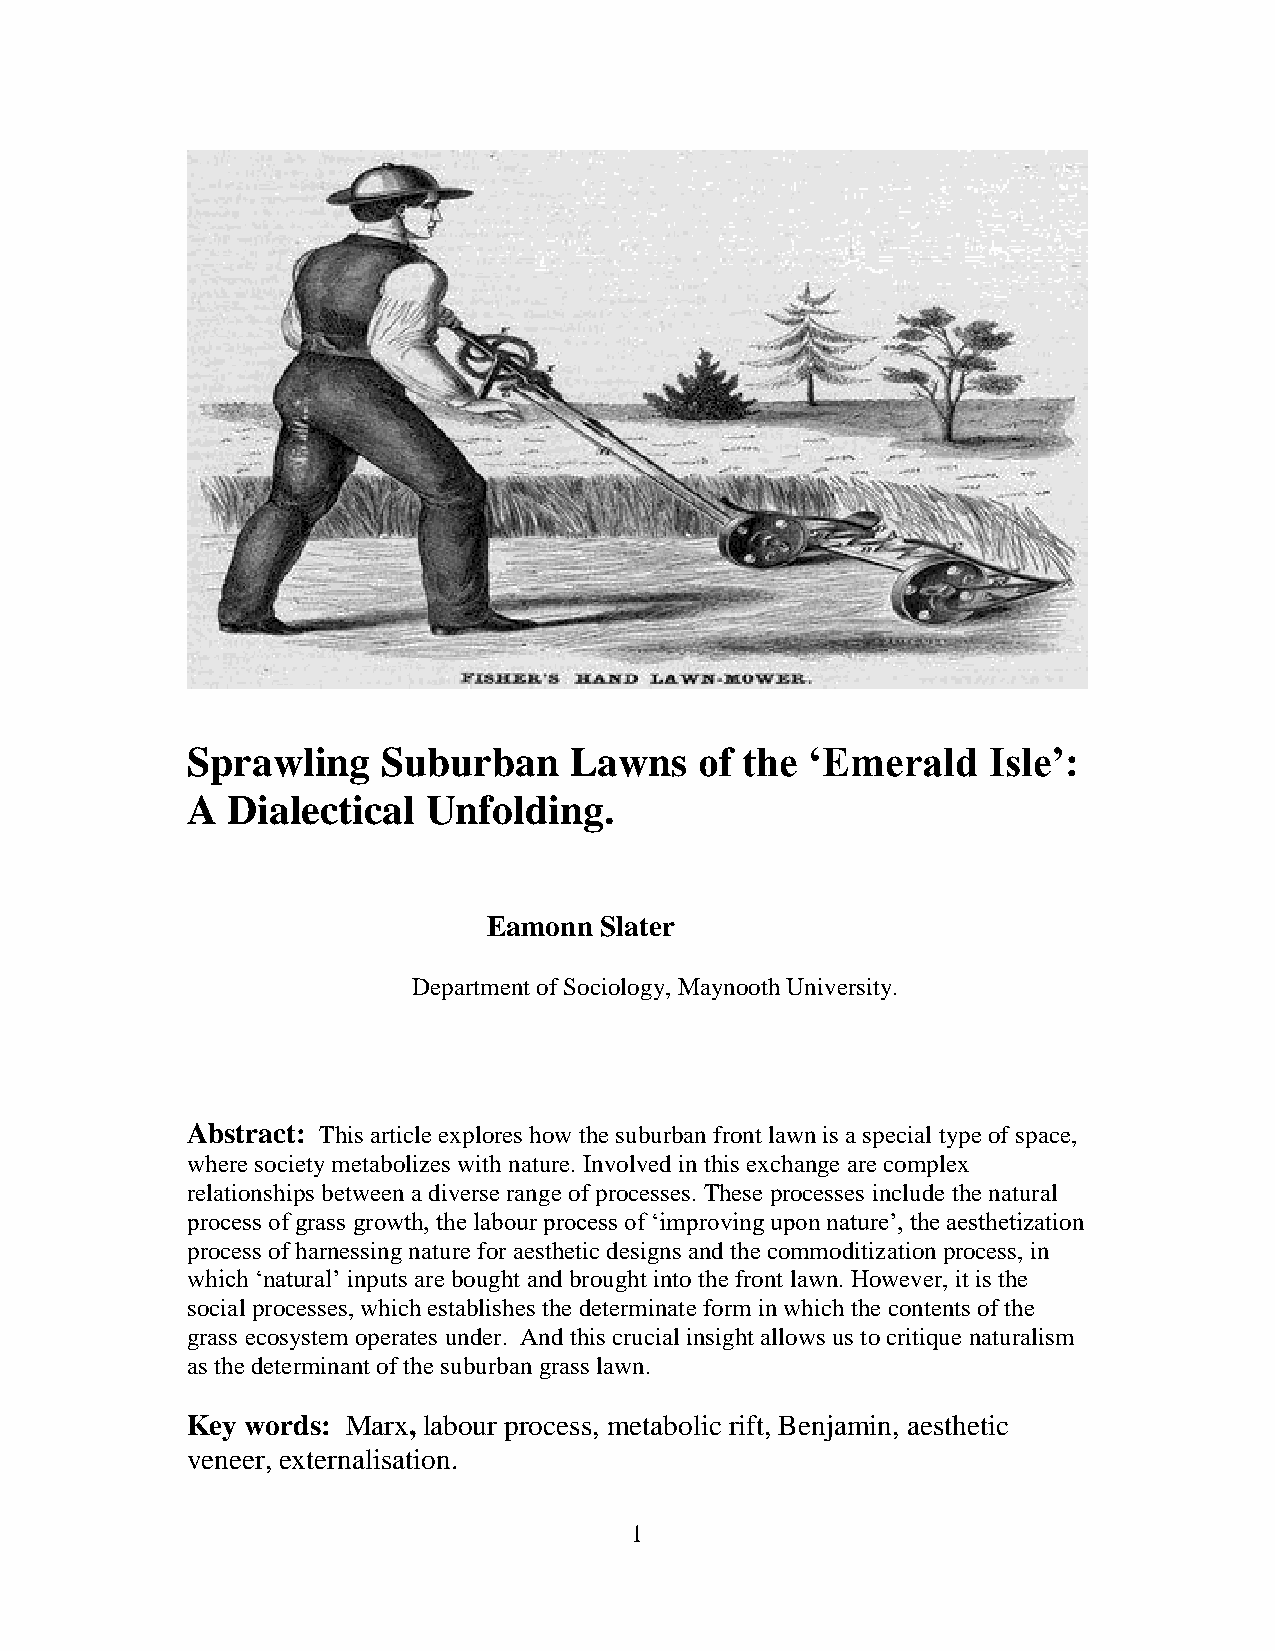
Sprawling    Suburban     Lawns   of the  ‘Emerald   Isle’:
 A  Dialectical  Unfolding.
 Eamonn  Slater
 Department of Sociology, Maynooth University.
 Abstract: This article explores how the suburban front lawn is a special type of space,
 where society metabolizes with nature. Involved in this exchange are complex
 relationships between a diverse range of processes. These processes include the natural
 process of grass growth, the labour process of ‘improving upon nature’, the aesthetization
 process of harnessing nature for aesthetic designs and the commoditization process, in
 which ‘natural’ inputs are bought and brought into the front lawn. However, it is the
 social processes, which establishes the determinate form in which the contents of the
 grass ecosystem operates under. And this crucial insight allows us to critique naturalism
 as the determinant of the suburban grass lawn.
 Key words: Marx, labour process, metabolic rift, Benjamin, aesthetic
 veneer, externalisation.
 1